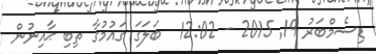
ޑިސެމްބަރު 19